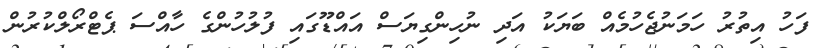
ފަހު އިތުރު ހަމަނުޖެހުމެއް ބަޔަކު އަދި ނުހިންގިޔަސް އައްޑޫގައި ފުލުހުންގެ ހާއްސަ ޕެޓްރޯލްކުރުން